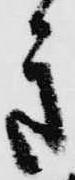
き